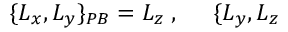
\{ L _ { x } , L _ { y } \} _ { { \footnotesize P B } } = L _ { z } \; , \; \; \; \; \; \{ L _ { y } , L _ { z }